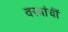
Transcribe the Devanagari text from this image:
वस्त्रांचीं